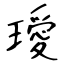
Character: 璦